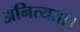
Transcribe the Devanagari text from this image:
अनित्यता।